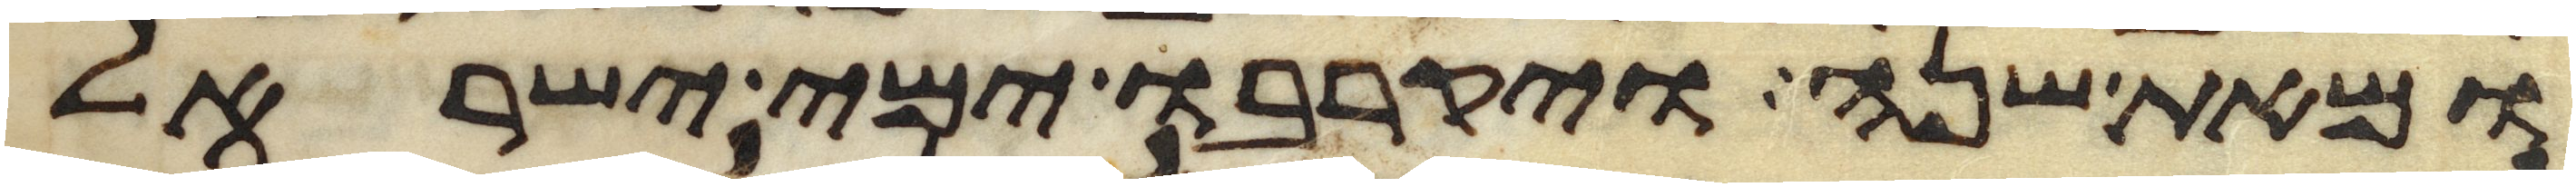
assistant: ומאת שנה ויקרבו ימי ישראל